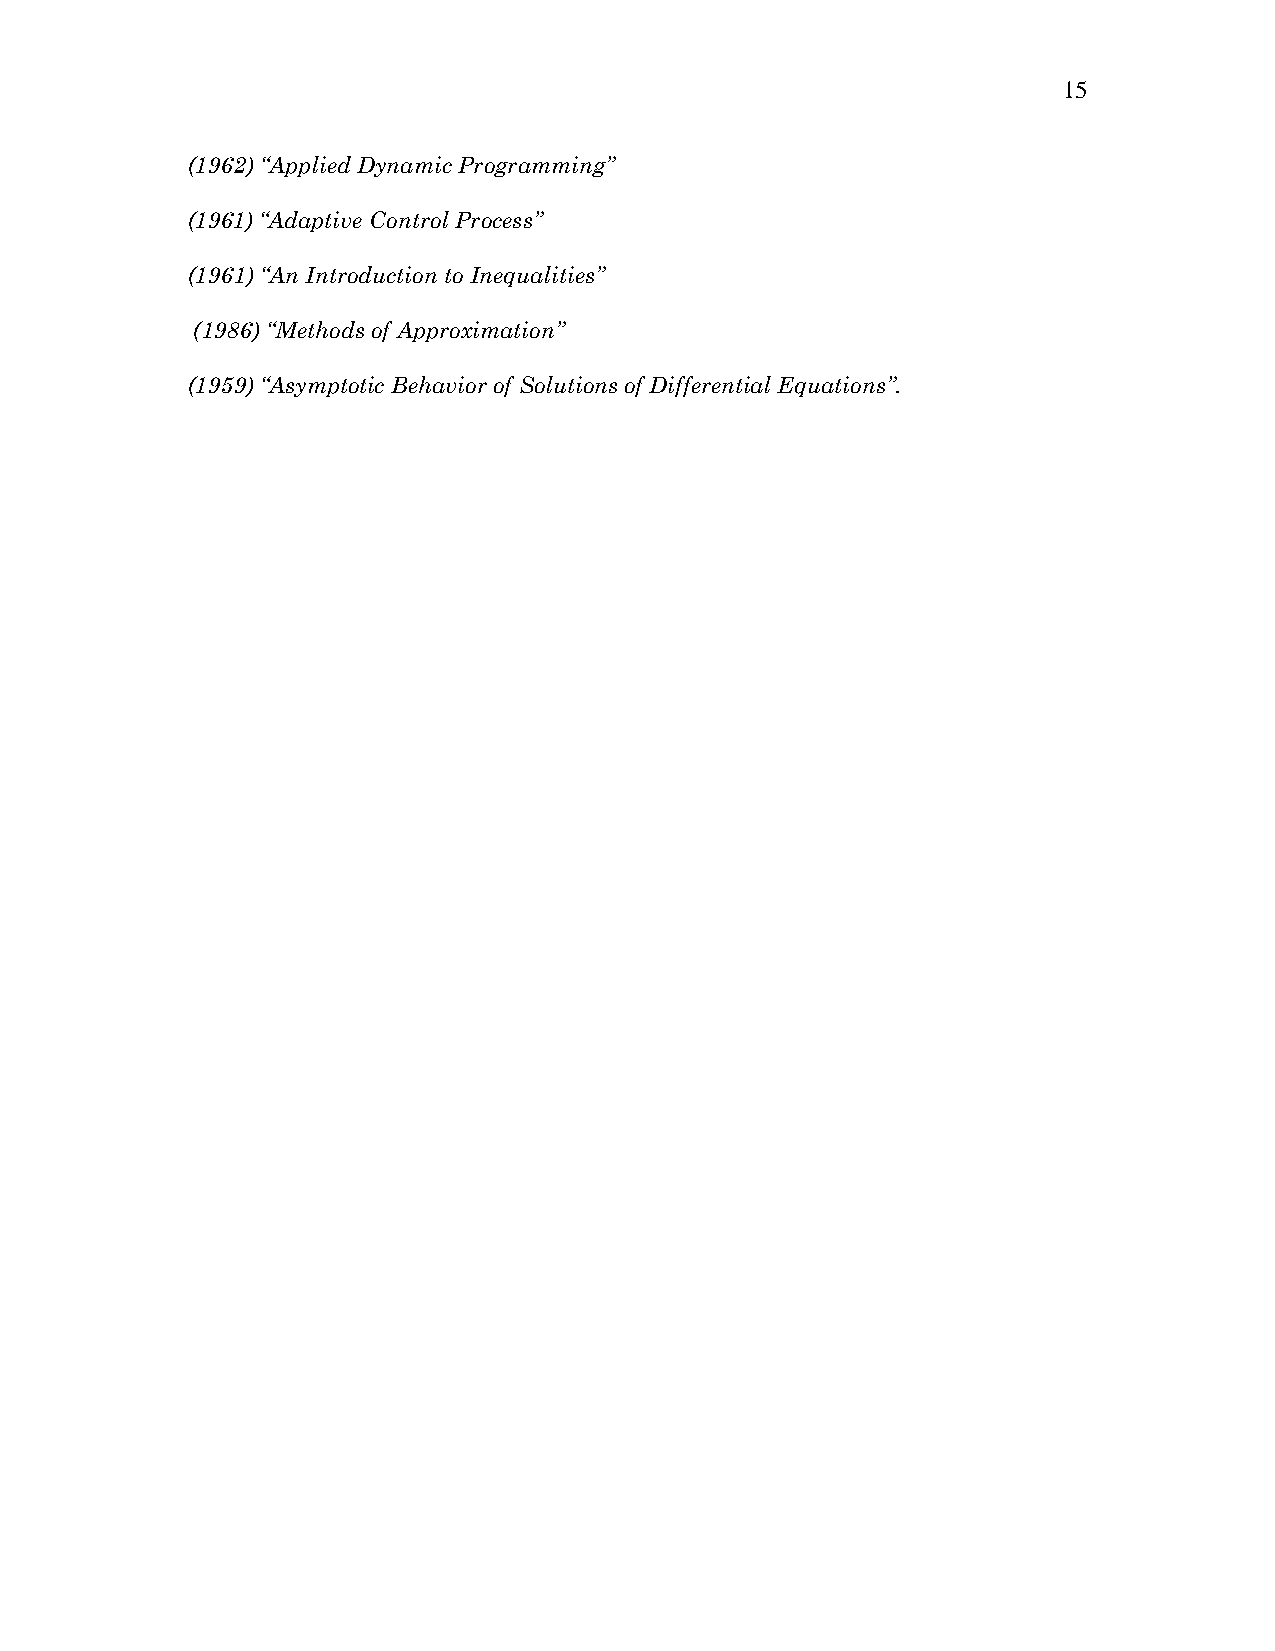
15
 (1962) “Applied Dynamic Programming”
 (1961) “Adaptive Control Process”
 (1961) “An Introduction to Inequalities”
 (1986) “Methods of Approximation”
 (1959) “Asymptotic Behavior of Solutions of Differential Equations”.